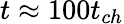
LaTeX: t\approx 100t_{ch}